Annual report on the health of the army in India
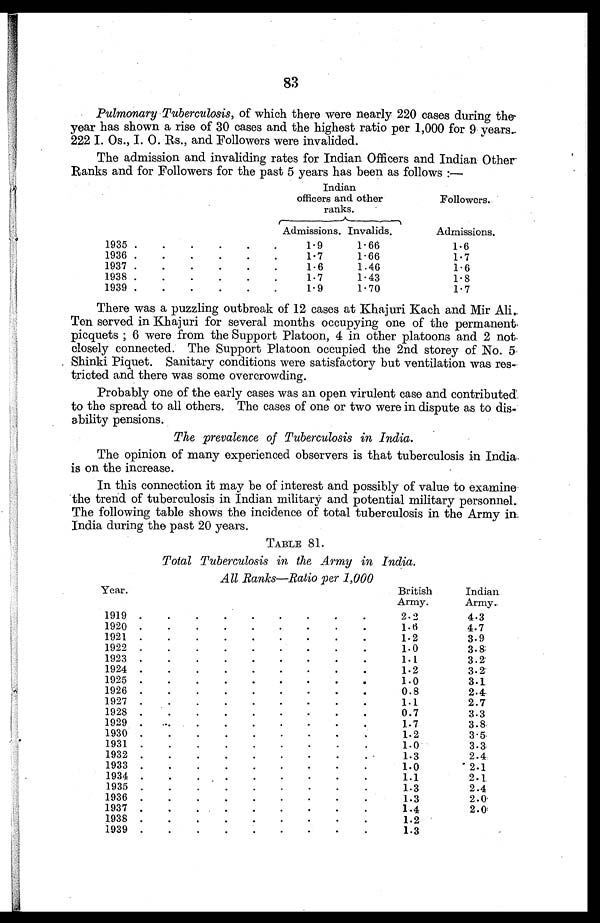
83
Pulmonary Tuberculosis, of which there were nearly 220 cases during the-
year has shown a rise of 30 cases and the highest ratio per 1,000 for 9 years..
222 I. Os., I. 0. Rs., and Followers were invalided.
The admission and invaliding rates for Indian Officers and Indian Other-
Ranks and for Followers for the past 5 years has been as follows :-
Indian
officers and other
ranks.
Followers.
1935 . . .
Admissions. Invalids.
Admissions.
1.9
1.66
1.6
1936 . . .
1.7
1.66
1.7
1937 . . .
1.6
1.46
1.6
1938 . . .
1.7
1.43
1.8
1939 . . .
1.9
1.70
1.7
There was a puzzling outbreak of 12 cases at Khajuri Kach and Mir Ali.
Ten served in Khajuri for several months occupying one of the permanent
picquets; 6 were from the Support Platoon, 4 in other platoons and 2 not
closely connected. The Support Platoon occupied the 2nd storey of No. 5
Shinki Piquet. Sanitary conditions were satisfactory but ventilation was res
tricted and there was some overcrowding.
Probably one of the early cases was an open virulent case and contributed
to the spread to all others. The cases of one or two were in dispute as to dis
ability pensions.
The prevalence of Tuberculosis in India.
The opinion of many experienced observers is that tuberculosis in India
is on the increase.
In this connection it may be of interest and possibly of value to examine
the trend of tuberculosis in Indian military and potential military personnel.
The following table shows the incidence of total tuberculosis in the Army in.
India during the past 20 years.
TABLE 81.
Total Tuberculosis in the Army in India.
All Ranks—Ratio per 1,000
Year.
British
Army.
Indian
Army.
1919 . . .
2.2
4.3
1920 . . .
1.6
4.7
1921 . . .
1.2
3.9
1922 . . .
1.0
3.8.
1923 . . .
1.1
3.2
1924 . . .
1.2
3.2
1925 . . .
1.0
3.1
1926 . . .
0.8
2.4.
1927 . . .
1.1
2.7
1928 . . .
0.7
3.3
1929 . . .
1.7
3.8
1930 . . .
1.2
3.5
1931 . . .
1.0
3.3
1932 . . .
1.3
2.4
1933 . . .
1.0
2.1
1934 . . .
1.1
2.1
1935 . . .
1.3
2.4
1936 . . .
1.3
2.0
1937 . . .
1.4
2.0
1938 . . .
1.2
1939 . . .
1.3